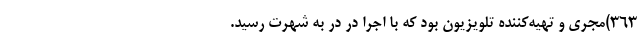
۳۶۳)مجری و تهیه‌کننده تلویزیون بود که با اجرا در در به شهرت رسید.